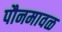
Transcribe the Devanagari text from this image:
पौनमावळ